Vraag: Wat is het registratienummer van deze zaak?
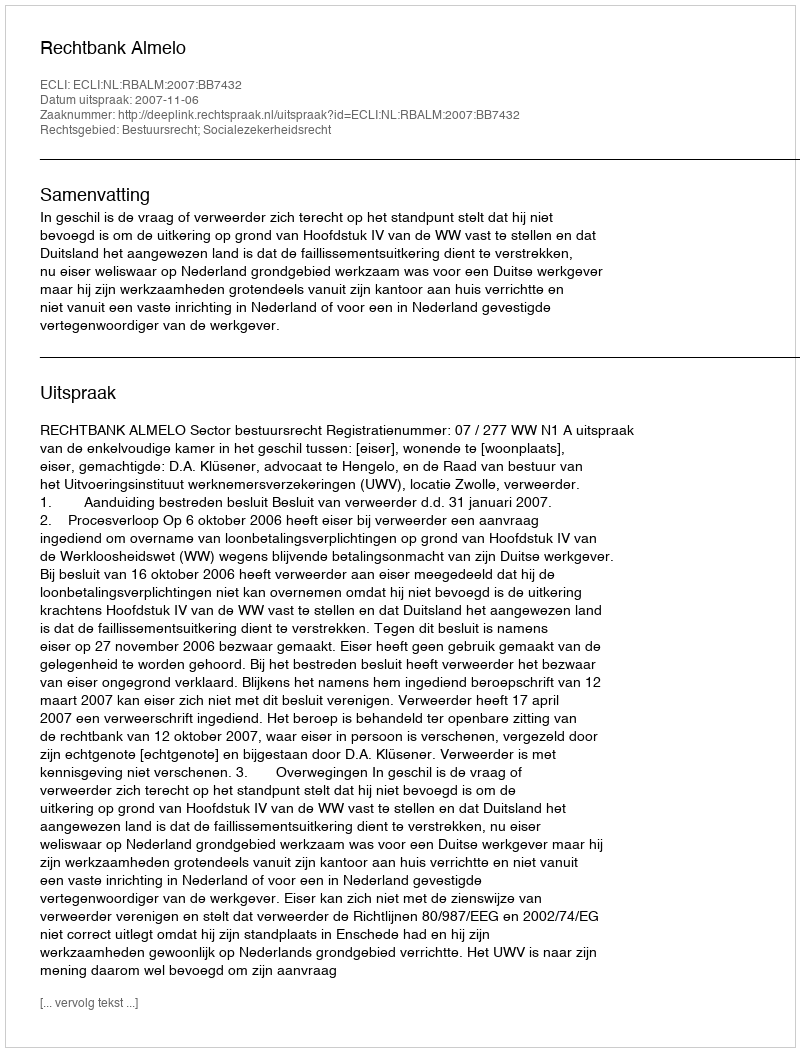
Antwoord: http://deeplink.rechtspraak.nl/uitspraak?id=ECLI:NL:RBALM:2007:BB7432